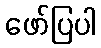
ဖော်ပြပါ